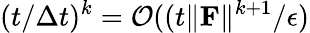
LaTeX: (t/\Delta t)^{k}=\mathcal{O}((t\| \mathbf F\| ^{k+1}/\epsilon)